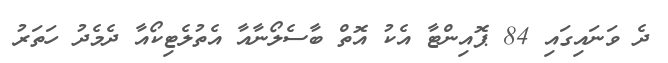
ދެ ވަނައިގައި 84 ޕޮއިންޓާ އެކު އޮތް ބާސެލޯނާއާ އެތުލެޓިކޯއާ ދެމެދު ހަތަރު